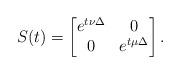
LaTeX: \begin{align*}S(t)=\begin{bmatrix}e^{t\nu\Delta} & 0 \\0 & e^{t\mu\Delta} \\\end{bmatrix}.\end{align*}